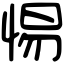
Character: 惕